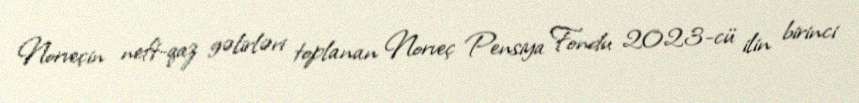
Norveçin neft-qaz gəlirləri toplanan Norveç Pensiya Fondu 2023-cü ilin birinci